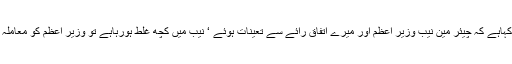
2016ء)قومی اسمبلی میں اپوزیشن لیڈر سید خورشید شاہ نے کہاہے کہ چیئر مین نیب وزیر اعظم اور میرے اتفاق رائے سے تعینات ہوئے ‘ نیب میں کچھ غلط ہورہاہے تو وزیر اعظم کو معاملہ جلسوں میں اچھالنے کی بجائے پارلیمنٹ میں لانا چاہیے تھا ۔